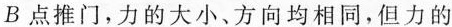
B点推门，力的大小、方向均相同，但力的